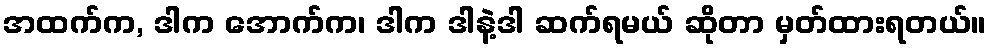
အထက်က, ဒါက အောက်က၊ ဒါက ဒါနဲ့ဒါ ဆက်ရမယ် ဆိုတာ မှတ်ထားရတယ်။